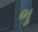
ભૂ